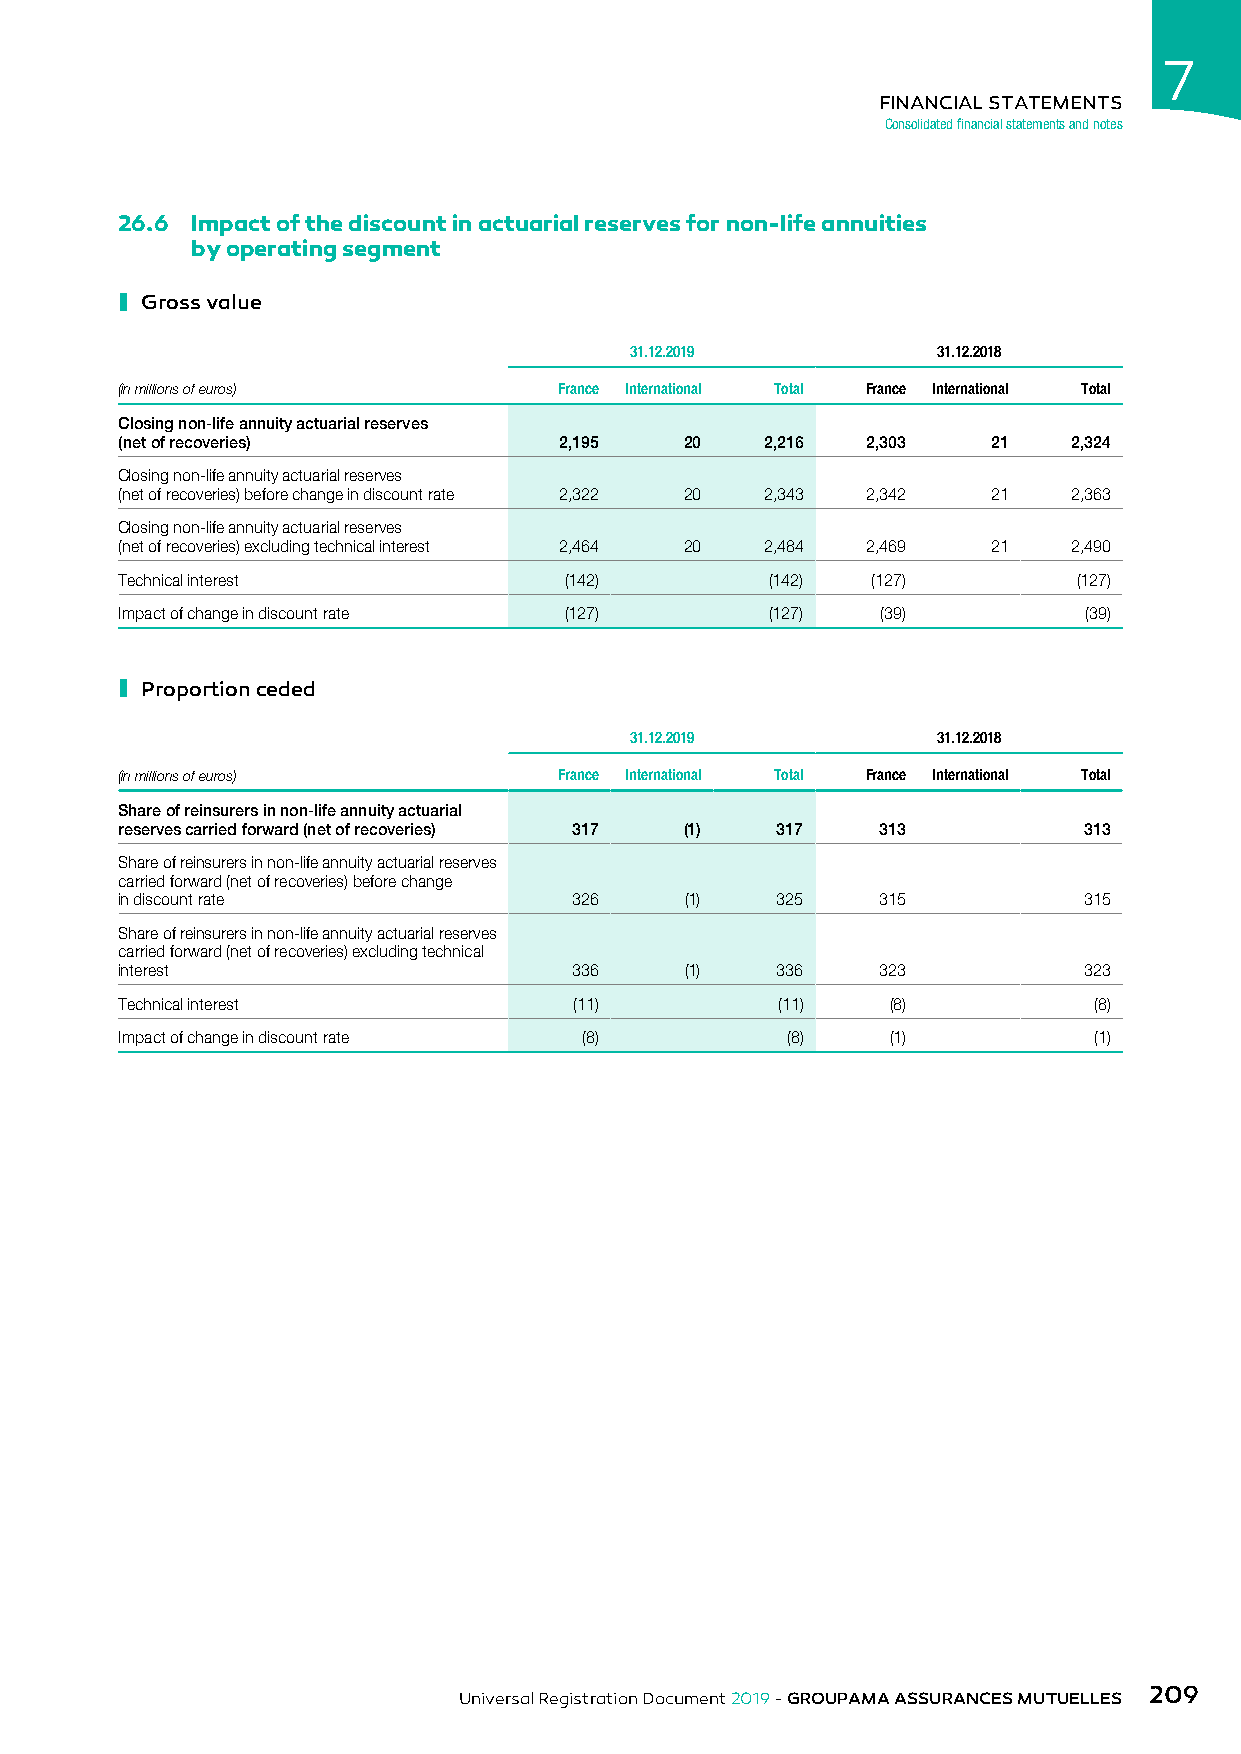
7
 FINANCIAL STATEMENTS
 Consolidated financial statements and notes
 26.6 Impact of the discount in actuarial reserves for non-life annuities
 by operating segment
 ı
 Gross value
 31.12.2019          31.12.2018
 (in millions of euros)       France International Total France International Total
 Closing non-life annuity actuarial reserves
 (net of recoveries)          2,195   20    2,216 2,303    21   2,324
 Closing non-life annuity actuarial reserves
 (net of recoveries) before change in discount rate 2,322 20 2,343 2,342 21 2,363
 Closing non-life annuity actuarial reserves
 (net of recoveries) excluding technical interest 2,464 20 2,484 2,469 21 2,490
 Technical interest           (142)         (142)  (127)        (127)
 Impact of change in discount rate (127)    (127)  (39)          (39)
 ı
 Proportion ceded
 31.12.2019          31.12.2018
 (in millions of euros)       France International Total France International Total
 Share of reinsurers in non-life annuity actuarial
 reserves carried forward (net of recoveries) 317 (1) 317 313    313
 Share of reinsurers in non-life annuity actuarial reserves
 carried forward (net of recoveries) before change
 in discount rate              326    (1)   325    315           315
 Share of reinsurers in non-life annuity actuarial reserves
 carried forward (net of recoveries) excluding technical
 interest                      336    (1)   336    323           323
 Technical interest            (11)         (11)    (8)          (8)
 Impact of change in discount rate (8)       (8)    (1)          (1)
 209
 Universal Registration Document 2019 - GROUPAMA ASSURANCES MUTUELLES